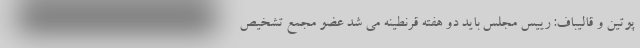
پوتین و قالیباف: رییس مجلس باید دو هفته قرنطینه می شد عضو مجمع تشخیص